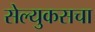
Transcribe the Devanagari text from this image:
सेल्युकसचा